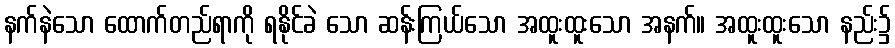
နက်နဲသော ထောက်တည်ရာကို ရနိုင်ခဲ သော ဆန်းကြယ်သော အထူးထူးသော အနက်။ အထူးထူးသော နည်း၌